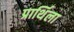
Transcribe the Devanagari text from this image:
प्रार्थिला